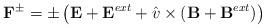
LaTeX: \begin{align*}\mathbf F^\pm=\pm\left(\mathbf E+\mathbf E^{ext}+\hat{v}\times (\mathbf B+\mathbf B^{ext})\right)\end{align*}